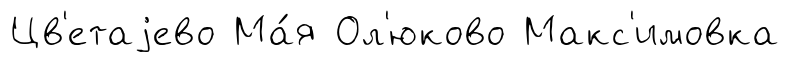
Цв'етаjево Ма́я Ол'юково Макс'имовка